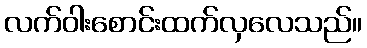
လက်ဝါးစောင်းထက်လှလေသည်။